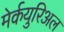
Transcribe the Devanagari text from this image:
मेर्कयुरिअल